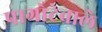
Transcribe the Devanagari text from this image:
पागोटेवाले